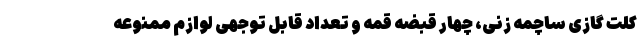
کلت گازی ساچمه زنی، چهار قبضه قمه و تعداد قابل توجهی لوازم ممنوعه